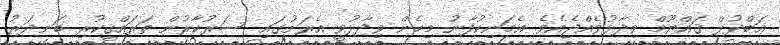
ޢަބްދުލް ޤައްޔޫމް ވިދާޅުވެއްޖެއެވެ. އެމަނިކުފާނު މިހެން ވިދާޅުވީ އެރަށުގައި ސަރުކާރުން ތަރައްޤީކުރި ބަނދަރު